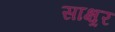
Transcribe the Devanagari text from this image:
साक्ष्रर